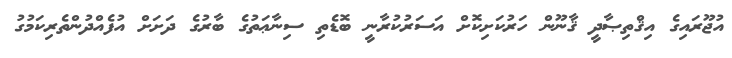
އުޖޫރައިގެ އިޤްތިޞާދީ ޤާނޫން ހަރުކަށިކޮށް އަސަރުކުރާނީ ބޮޑެތި ސިނާޢަތުގެ ބާރުގެ ދަށަށް އުފެއްދުންތެރިކަމުގު